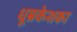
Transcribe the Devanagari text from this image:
धूम्रकेशका